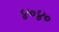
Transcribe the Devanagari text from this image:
४०४०